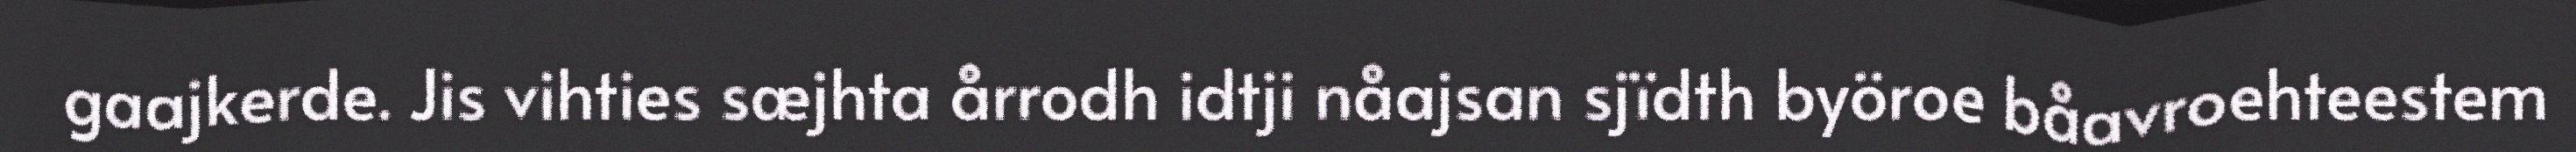
gaajkerde. Jis vihties sæjhta årrodh idtji nåajsan sjïdth byöroe båavroehteestem